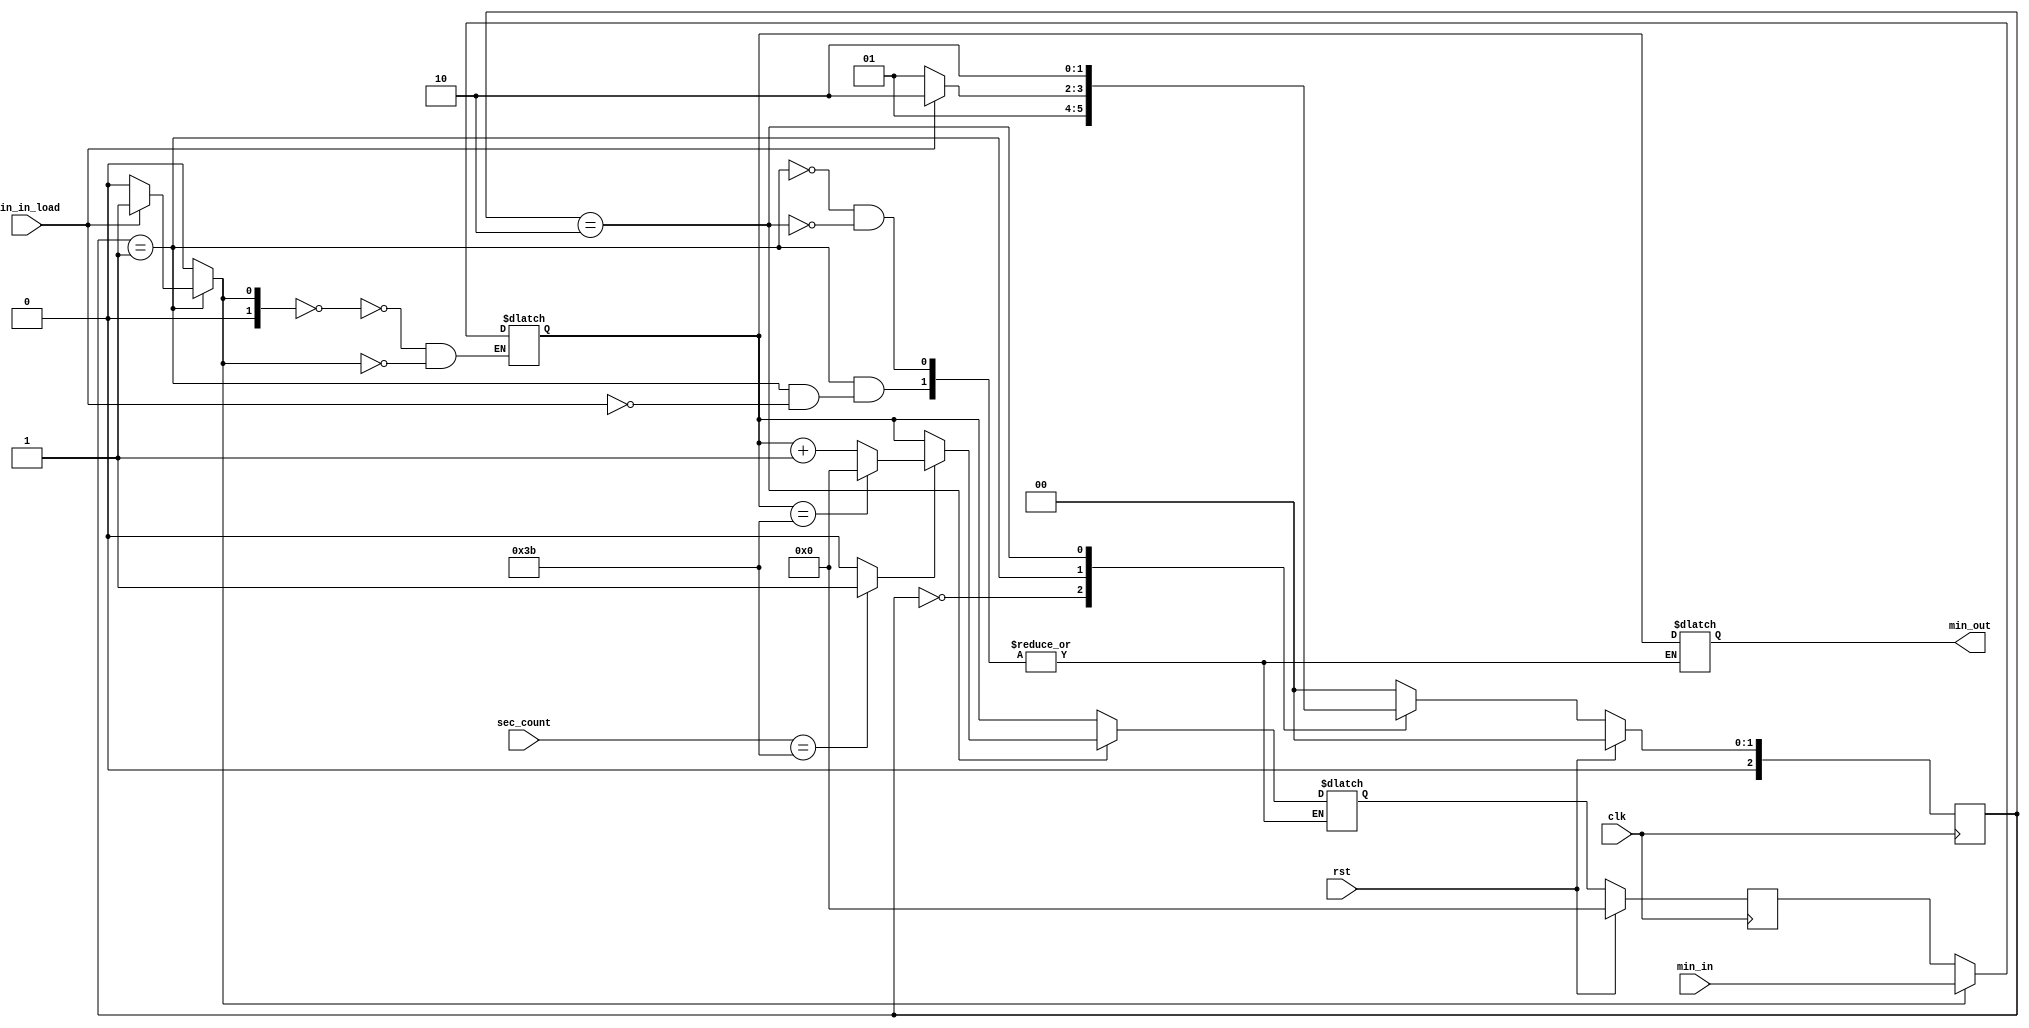
module FSM_minute(
	input wire rst,
	input wire clk,
	input wire [5:0] min_in,
	input wire min_in_load,
	input wire [5:0] sec_count,
	output reg [5:0] min_out);
	
	reg  [2:0] ps, ns;
	wire [5:0] min_data_add;
	reg  [5:0] min_data;
	reg  [5:0] min_ps, min_ns;
	reg  [1:0] min_sel;
	wire min_count;
	
	always@(posedge clk)
	begin
		if(rst) ps <= 3'd0;
		else ps <= ns;
	end
	
	always@(posedge clk)
	begin
		if(rst) min_ps <= 6'd0;
		else min_ps <= min_ns;
	end
	
	always@(*)
	begin
		min_sel = 2'd0;
		case(ps)
			3'd0: begin
				ns = 3'd1;
			end
			3'd1: begin
				if(min_in_load) begin
					min_sel = 2'd1;
					min_out = min_data;
					ns = 3'd2;
					min_ns = min_data;
				end
				else ns = 3'd1;
			end
			3'd2: begin
				if(min_count == 1'd1) begin
					if(min_data == 6'd59) begin
						min_out = min_data;
						ns = 3'd2;
						min_ns = 6'd0;
					end
					else begin
						min_out = min_data;
						ns = 3'd2;
						min_ns = min_data_add;
					end
				end
				else begin
					min_out = min_data;
					min_ns = min_data;
					ns = 3'd2;
				end
			end
			default: begin
				ns = 3'd0;
			end
		endcase
	end
	
	assign min_data_add = min_data + 1;
	assign min_count = (sec_count == 6'd59) ? 1'd1 : 1'd0;
	
	always@(*)
	begin
		case(min_sel)
			2'd0: min_data = min_ps;
			2'd1: min_data = min_in;
		endcase
	end

endmodule